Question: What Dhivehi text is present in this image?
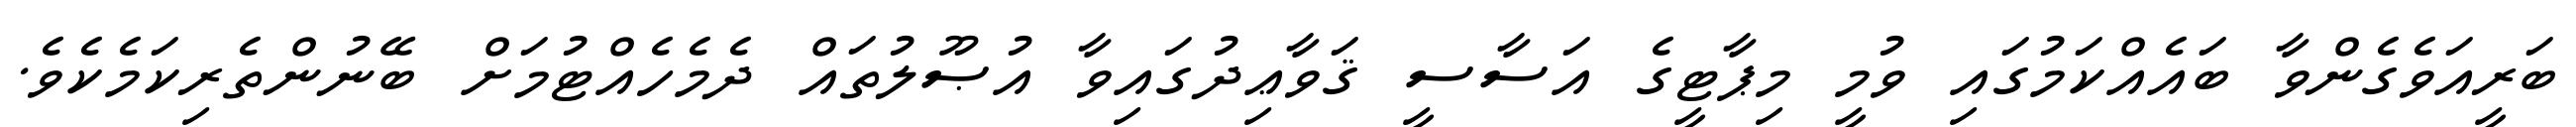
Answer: ބަރީއަވެގެންވާ ބައެއްކަމުގައި ވުމީ މިޕާޓީގެ އަސާސީ ޤަވާޢިދުގައިވާ އުޞޫލުތައް ދެމެހެއްޓުމަށް ބޭނުންތެރިކަމެކެވެ.